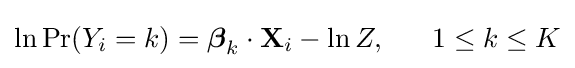
\ln \Pr(Y_{i}=k)={\boldsymbol {\beta }}_{k}\cdot \mathbf {X} _{i}-\ln Z,\;\;\;\;\;\;1\leq k\leq K